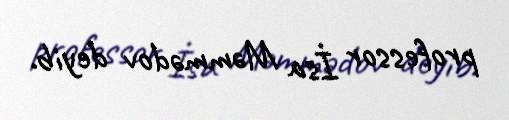
professor İsa Məmmədov deyib.